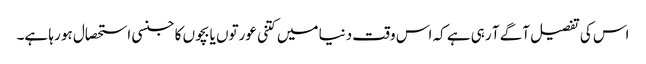
اس کی تفصیل آگے آ رہی ہے کہ اس وقت دنیا میں کتنی عورتوں یا بچوں کا جنسی استحصال ہو رہا ہے۔